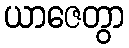
ယာဇေတွာ